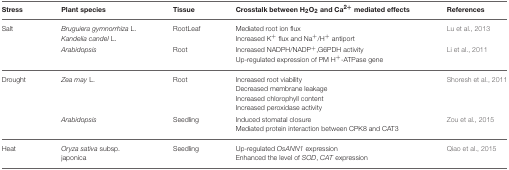
<table><thead><tr><td><b>Stress</b></td><td><b>Plant species</b></td><td><b>Tissue</b></td><td><b>Crosstalk between H<sub>2</sub>O<sub>2</sub> and Ca<sup>2+</sup> mediated effects</b></td><td><b>References</b></td></tr></thead><tbody><tr><td>Salt</td><td><i>Bruguiera gymnorrhiza</i> L.<i>Kandelia candel</i> L.</td><td>Root Leaf</td><td>Mediated root ion fluxIncreased K<sup>+</sup> flux and Na<sup>+</sup>/H<sup>+</sup> antiport</td><td>Lu et al., 2013</td></tr><tr><td></td><td><i>Arabidopsis</i></td><td>Root</td><td>Increased NADPH/NADP<sup>+</sup>,G6PDH activityUp-regulated expression of PM H<sup>+</sup>-ATPase gene</td><td>Li et al., 2011</td></tr><tr><td>Drought</td><td><i>Zea may</i> L.</td><td>Root</td><td>Increased root viabilityDecreased membrane leakageIncreased chlorophyll contentIncreased peroxidase activity</td><td>Shoresh et al., 2011</td></tr><tr><td></td><td><i>Arabidopsis</i></td><td>Seedling</td><td>Induced stomatal closureMediated protein interaction between CPK8 and CAT3</td><td>Zou et al., 2015</td></tr><tr><td>Heat</td><td><i>Oryza sativa</i> subsp. japonica</td><td>Seedling</td><td>Up-regulated <i>OsANN1</i> expressionEnhanced the level of <i>SOD, CAT</i> expression</td><td>Qiao et al., 2015</td></tr></tbody></table>